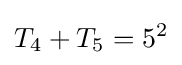
T_{4}+T_{5}=5^{2}